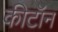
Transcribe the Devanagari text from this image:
कीटॉन